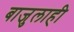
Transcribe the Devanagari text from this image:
बाजुलाही